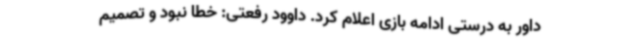
داور به درستی ادامه بازی اعلام کرد. داوود رفعتی: خطا نبود و تصمیم